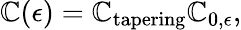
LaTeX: \mathbb{C}(\epsilon)=\mathbb{C}_{\mathrm{{tapering}}}\mathbb{C}_{0,\epsilon},